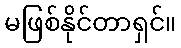
မဖြစ်နိုင်တာရှင်။